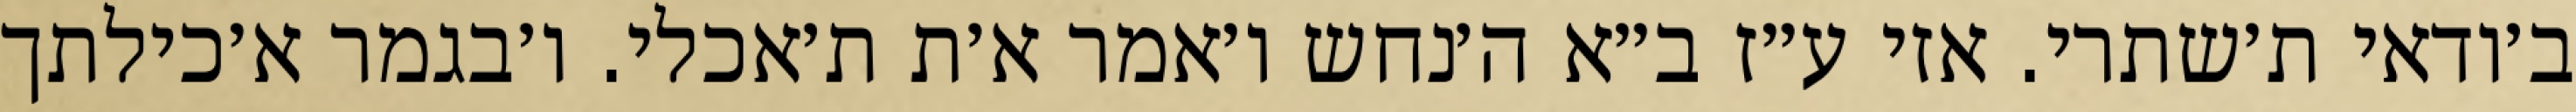
ב׳ודאי ת׳שתרי. אזי ע״ז ב״א ה׳נחש ו׳אמר א׳ת ת׳אכלי. ו׳בגמר א׳כילתך